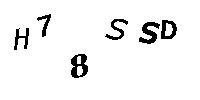
H78SSD